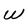
Character: W